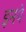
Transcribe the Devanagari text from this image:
इनपे